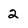
Character: 2